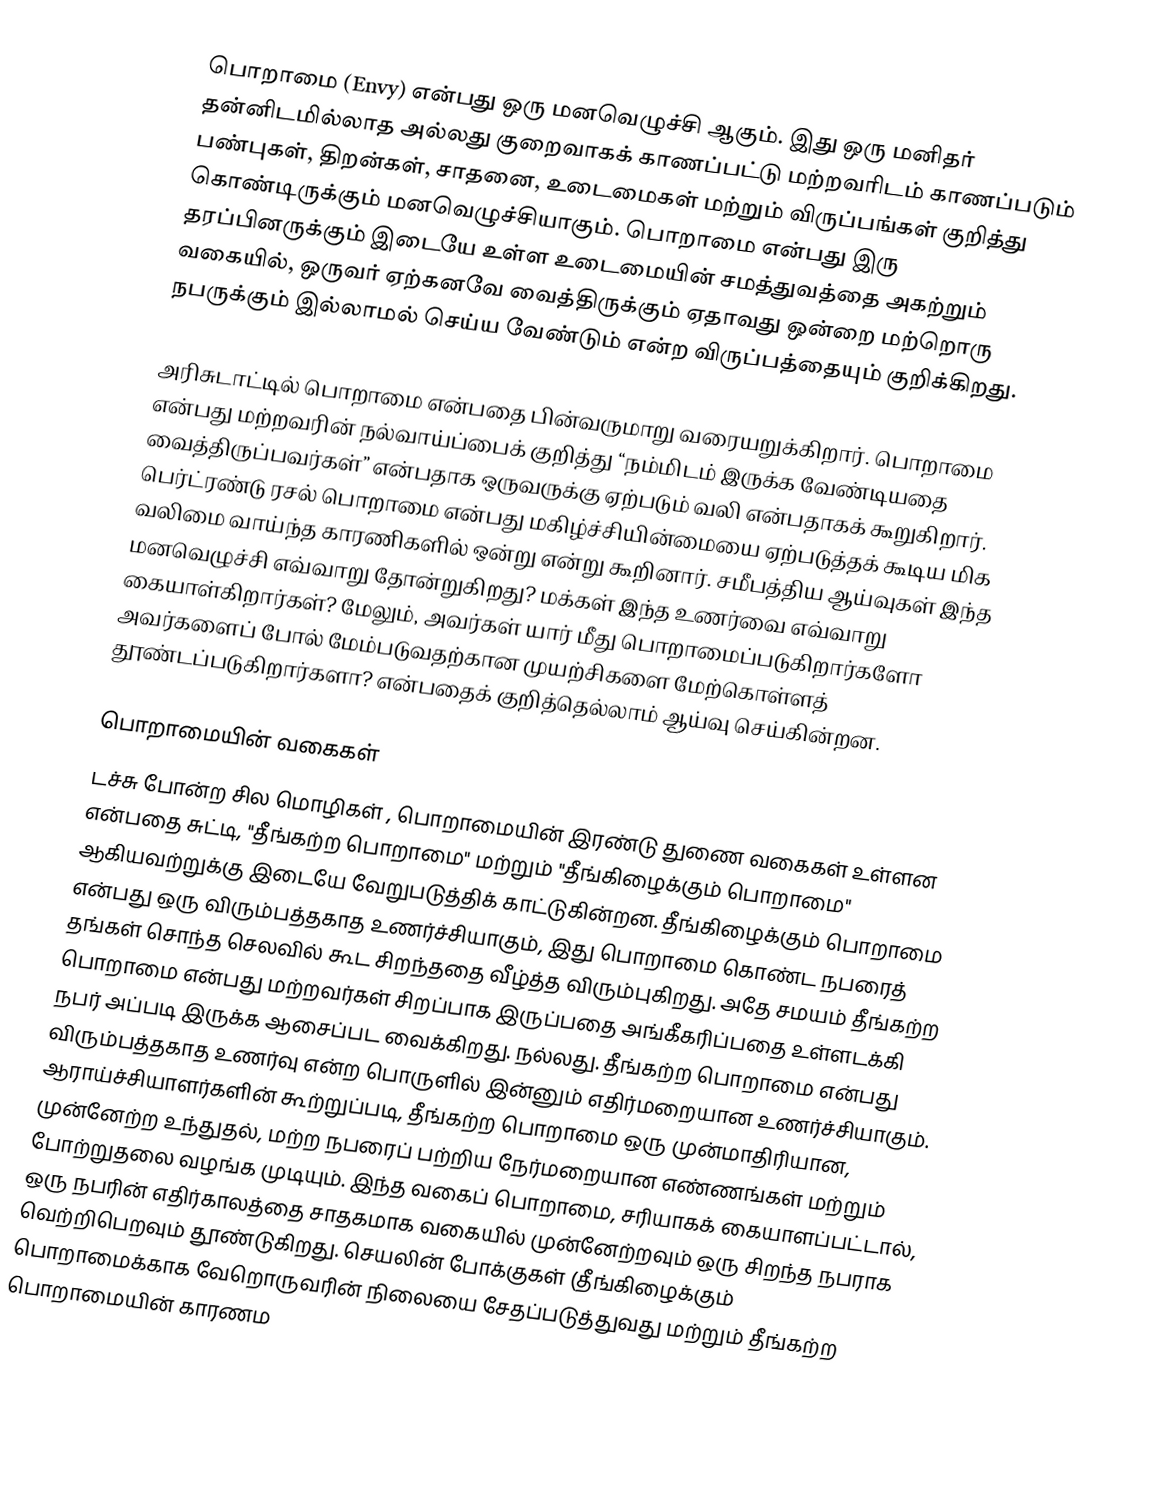
பொறாமை (Envy) என்பது ஒரு மனவெழுச்சி ஆகும். இது ஒரு மனிதர் தன்னிடமில்லாத அல்லது குறைவாகக் காணப்பட்டு மற்றவரிடம் காணப்படும் பண்புகள், திறன்கள், சாதனை, உடைமைகள் மற்றும் விருப்பங்கள் குறித்து கொண்டிருக்கும் மனவெழுச்சியாகும். பொறாமை என்பது இரு தரப்பினருக்கும் இடையே உள்ள உடைமையின் சமத்துவத்தை அகற்றும் வகையில், ஒருவர் ஏற்கனவே வைத்திருக்கும் ஏதாவது ஒன்றை மற்றொரு நபருக்கும் இல்லாமல் செய்ய வேண்டும் என்ற விருப்பத்தையும் குறிக்கிறது.

அரிசுடாட்டில் பொறாமை என்பதை பின்வருமாறு வரையறுக்கிறார். பொறாமை என்பது மற்றவரின் நல்வாய்ப்பைக் குறித்து “நம்மிடம் இருக்க வேண்டியதை வைத்திருப்பவர்கள்” என்பதாக ஒருவருக்கு ஏற்படும் வலி என்பதாகக் கூறுகிறார்.  பெர்ட்ரண்டு ரசல் பொறாமை என்பது மகிழ்ச்சியின்மையை ஏற்படுத்தக் கூடிய மிக வலிமை வாய்ந்த காரணிகளில் ஒன்று என்று கூறினார். சமீபத்திய ஆய்வுகள் இந்த மனவெழுச்சி எவ்வாறு தோன்றுகிறது? மக்கள் இந்த உணர்வை எவ்வாறு கையாள்கிறார்கள்? மேலும், அவர்கள் யார் மீது பொறாமைப்படுகிறார்களோ அவர்களைப் போல் மேம்படுவதற்கான முயற்சிகளை மேற்கொள்ளத் தூண்டப்படுகிறார்களா? என்பதைக் குறித்தெல்லாம் ஆய்வு செய்கின்றன.

பொறாமையின் வகைகள்
டச்சு போன்ற சில மொழிகள் , பொறாமையின் இரண்டு துணை வகைகள் உள்ளன என்பதை சுட்டி, "தீங்கற்ற பொறாமை"  மற்றும் "தீங்கிழைக்கும் பொறாமை" ஆகியவற்றுக்கு இடையே வேறுபடுத்திக் காட்டுகின்றன.  தீங்கிழைக்கும் பொறாமை என்பது ஒரு விரும்பத்தகாத உணர்ச்சியாகும், இது பொறாமை கொண்ட நபரைத் தங்கள் சொந்த செலவில் கூட சிறந்ததை வீழ்த்த விரும்புகிறது. அதே சமயம் தீங்கற்ற பொறாமை என்பது மற்றவர்கள் சிறப்பாக இருப்பதை அங்கீகரிப்பதை உள்ளடக்கி நபர் அப்படி இருக்க ஆசைப்பட வைக்கிறது. நல்லது. தீங்கற்ற பொறாமை என்பது விரும்பத்தகாத உணர்வு என்ற பொருளில் இன்னும் எதிர்மறையான உணர்ச்சியாகும். ஆராய்ச்சியாளர்களின் கூற்றுப்படி, தீங்கற்ற பொறாமை ஒரு முன்மாதிரியான, முன்னேற்ற உந்துதல், மற்ற நபரைப் பற்றிய நேர்மறையான எண்ணங்கள் மற்றும் போற்றுதலை வழங்க முடியும். இந்த வகைப் பொறாமை, சரியாகக் கையாளப்பட்டால், ஒரு நபரின் எதிர்காலத்தை சாதகமாக வகையில் முன்னேற்றவும் ஒரு சிறந்த நபராக வெற்றிபெறவும் தூண்டுகிறது.   செயலின் போக்குகள் (தீங்கிழைக்கும் பொறாமைக்காக வேறொருவரின் நிலையை சேதப்படுத்துவது மற்றும் தீங்கற்ற பொறாமையின் காரணம